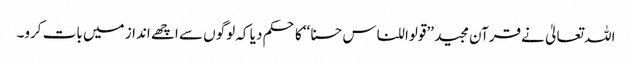
اللہ تعالیٰ نے قرآن مجید ’’قولوا للناس حسنا‘‘ کا حکم دیا کہ لوگوں سے اچھے انداز میں بات کرو۔